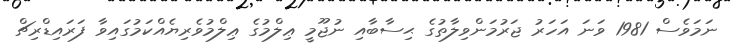
ނަމަވެސް 1981 ވަނަ އަހަރު ޖަރުމަންވިލާތުގެ ޙިސާބާއި ނުޖޫމީ ޢިލްމުގެ ޢިލްމުވެރިޔެއްކަމުގައިވާ ފަރައިޑްރިޗް